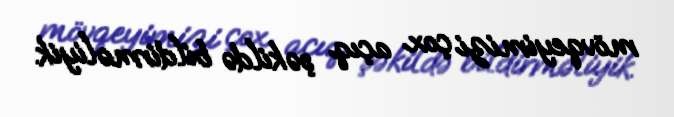
mövqeyimizi çox açıq şəkildə bildirməliyik.